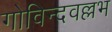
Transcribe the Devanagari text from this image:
गोविन्दवल्लभ